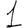
Digit: 1